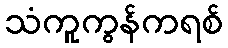
သံကူကွန်ကရစ်